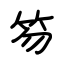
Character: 笏